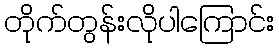
တိုက်တွန်းလိုပါကြောင်း